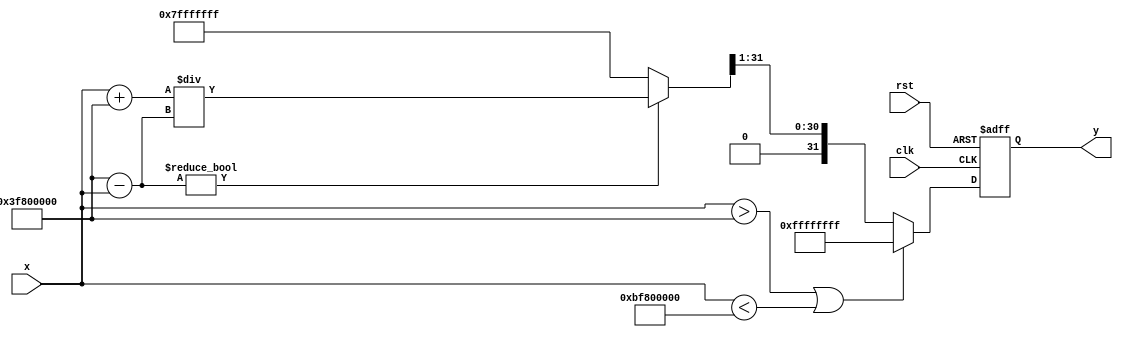
module atanh (
    input wire signed [31:0] x, // Input value (fixed-point representation)
    output reg signed [31:0] y,  // Output value (fixed-point representation)
    input wire clk,
    input wire rst
);

    // Internal signals
    wire signed [31:0] one_plus_x;
    wire signed [31:0] one_minus_x;
    wire signed [31:0] division_result;
    wire signed [31:0] ln_result;
    reg valid_input;

    // Range Check Module
    always @(*) begin
        if (x > 32'h3F800000 || x < 32'hBF800000) // Check if x is in (-1, 1)
            valid_input = 0; // Out of range
        else
            valid_input = 1; // Valid input
    end

    // Arithmetic Module for 1+x and 1-x
    assign one_plus_x = x + 32'h3F800000; // 1 in fixed-point
    assign one_minus_x = 32'h3F800000 - x; // 1 in fixed-point

    // Division Module
    // Simple division implementation (for demonstration purposes)
    assign division_result = (one_minus_x != 0) ? (one_plus_x / one_minus_x) : 32'h7FFFFFFF; // Handle division by zero

    // Natural Logarithm Module (stub implementation)
    // In practice, you would replace this with a proper logarithm implementation
    function signed [31:0] ln(input signed [31:0] value);
        begin
            // Placeholder for logarithm calculation
            ln = value; // Replace with actual ln calculation
        end
    endfunction

    // Compute the natural logarithm
    assign ln_result = ln(division_result);

    // Scaling Module
    always @(posedge clk or posedge rst) begin
        if (rst) begin
            y <= 32'b0; // Reset output
        end else if (valid_input) begin
            y <= ln_result >> 1; // Scale by 0.5 (right shift by 1)
        end else begin
            y <= 32'hFFFFFFFF; // Output NaN or error code
        end
    end

endmodule